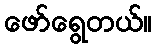
ဖော်ရွေတယ်။